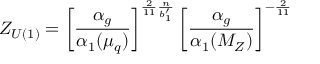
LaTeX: Z _ { U ( 1 ) } = \left[ \frac { \alpha _ { g } } { \alpha _ { 1 } ( \mu _ { q } ) } \right] ^ { \frac { 2 } { 1 1 } \frac { n } { b _ { 1 } ^ { \prime } } } \left[ \frac { \alpha _ { g } } { \alpha _ { 1 } ( M _ { Z } ) } \right] ^ { - \frac { 2 } { 1 1 } }